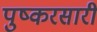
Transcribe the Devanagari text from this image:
पुष्करसारी